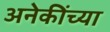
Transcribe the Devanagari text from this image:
अनेकींच्या